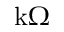
\mathrm { k } \Omega